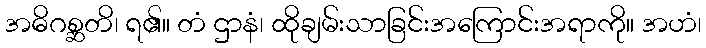
အဓိဂစ္ဆတိ၊ ရ၏။ တံ ဌာနံ၊ ထိုချမ်းသာခြင်းအကြောင်းအရာကို။ အဟံ၊